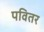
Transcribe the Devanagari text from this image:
पवितर